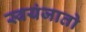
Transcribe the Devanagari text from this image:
स्वयंजातो